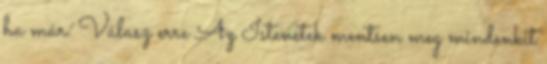
ha már. Válasz erre Az Istenetek mentsen meg mindenkit